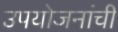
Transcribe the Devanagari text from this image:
उपयोजनांची